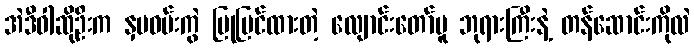
အဲဒီဝါဆိုဦးက နှမဝမ်းကွဲ ပြုပြင်ထားတဲ့ လျောင်းတော်မူ ဘုရားကြီးနဲ့ တန်ဆောင်းကိုလဲ